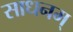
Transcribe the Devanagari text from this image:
साधनम्